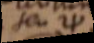
seu Ψ